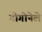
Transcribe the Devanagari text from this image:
गोगोनेले